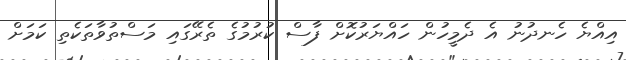
އިއްޔެ ހެނދުނު އެ ދެމީހުން ހައްޔަރުކޮށް ފާސް ކުރުމުގެ ތެރޭގައި މަސްތުވާތަކެތި ކަމަށް